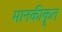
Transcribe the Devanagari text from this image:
मानकीकॄत